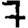
Digit: 7